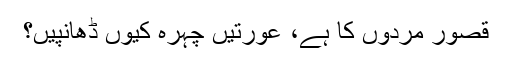
قصور مردوں کا ہے، عورتیں چہرہ کیوں ڈھانپیں؟